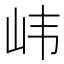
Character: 𫵶